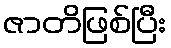
ဇာတိဖြစ်ပြီး